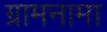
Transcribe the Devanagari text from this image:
ग्रामनामा